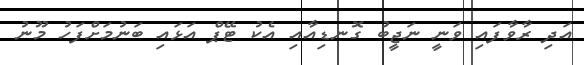
އަދި ރާވާފައި ވަނީ ނަޖީބު ގޮނޑިއާއި އެކު ޓޭޕް އަޅައި ބަނުމަށްފަހު މޫނު